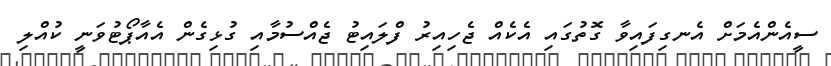
ސީއެންއެމަށް އެނގިފައިވާ ގޮތުގައި އެކެއް ޖެހިއިރު ފްލައިޓު ޖެއްސުމާއި ގުޅިގެން އެއާޕޯޓުވަނީ ކުއްލި